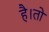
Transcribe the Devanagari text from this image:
है।तो